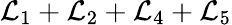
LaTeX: \mathcal{L}_{1}+\mathcal{L}_{2}+\mathcal{L}_{4}+\mathcal{L}_{5}